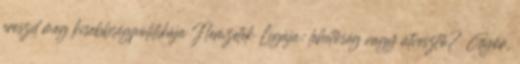
ereszd meg kisebbségpolitikája Nemzetek Ligája: lehetőség vagy útvesztő? Győr,